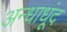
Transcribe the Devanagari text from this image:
अन्धाधूंद